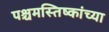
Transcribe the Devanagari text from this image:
पश्चमस्तिष्कांच्या